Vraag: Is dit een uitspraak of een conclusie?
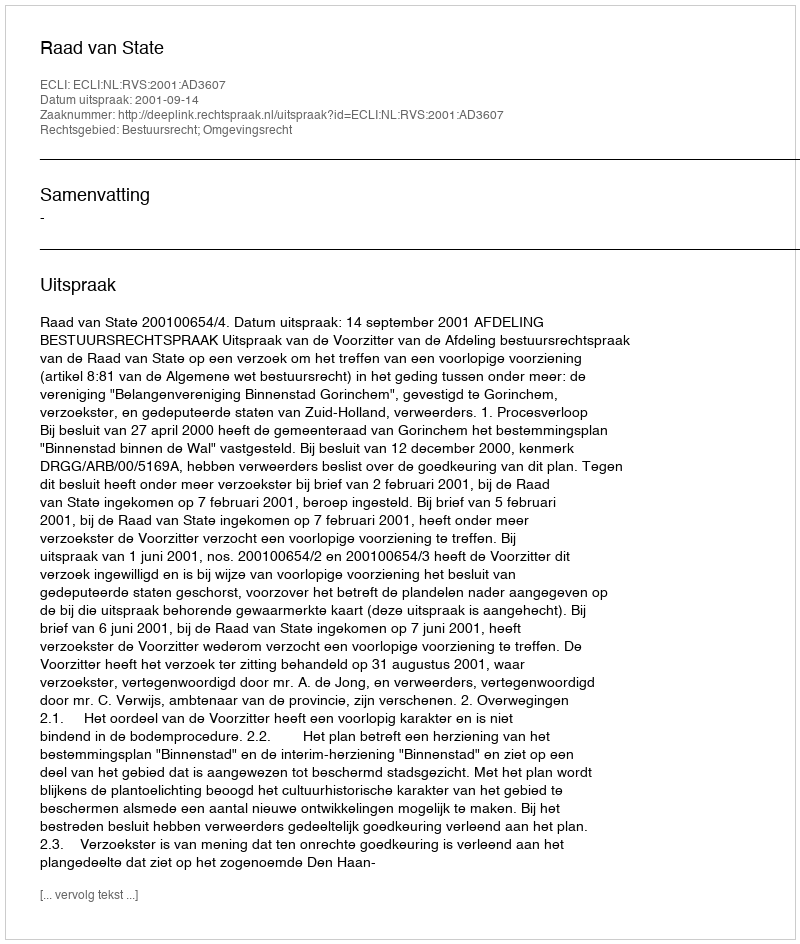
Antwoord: Uitspraak